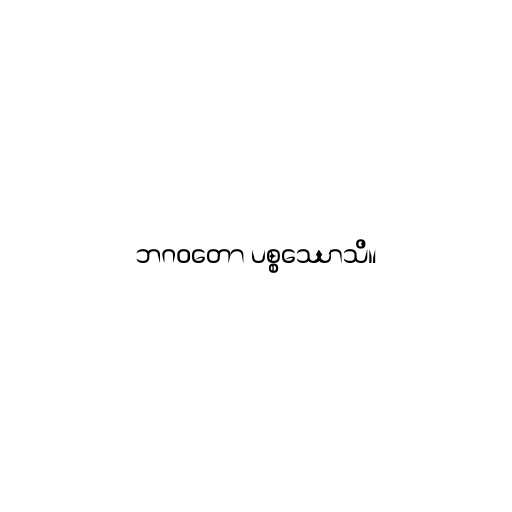
ဘဂဝတော ပစ္စဿောသိ။